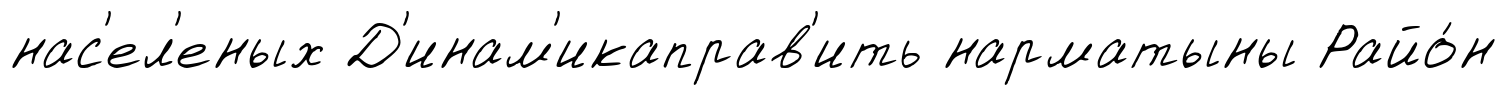
нас'ел'еных Д'инам'икаправ'ить нарматыны Райо́н